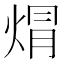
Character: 焨